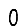
Digit: 0